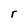
Character: r